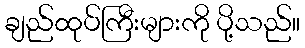
ချည်ထုပ်ကြီးများကို ပို့သည်။